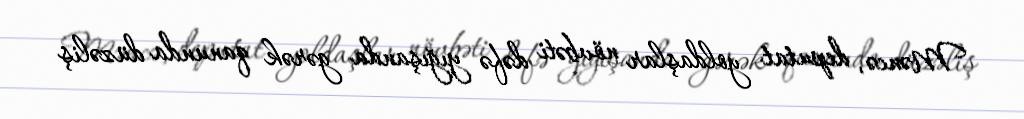
Məncə, deputat yoldaşlar növbəti dəfə yığışanda gərək qanunda düzəliş